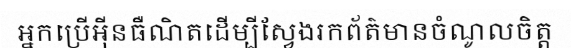
អ្នកប្រើអ៊ីនធឺណិតដើម្បីស្វែងរកព័ត៌មានចំណូលចិត្ត